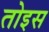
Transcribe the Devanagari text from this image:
तोइस